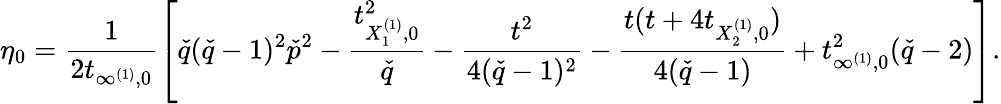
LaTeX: \eta_{0}=\frac{1}{2t_{\infty^{(1)},0}}\left[\check{q}(\check{q}-1)^{2}\check{p}^{2}-\frac{t_{X_{1}^{(1)},0}^{2}}{\check{q}}-\frac{t^{2}}{4(\check{q}-1)^{2}}-\frac{t(t+4t_{X_{2}^{(1)},0})}{4(\check{q}-1)}+t_{\infty^{(1)},0}^{2}(\check{q}-2)\right].